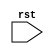
module reset_behavior (
    input wire rst,
    // other input/output signals declaration
);

// sequential construct for reset behavior
always @(posedge rst)
begin
    // behavior to be executed on reset
    // synchronize signals or initialize design state
end

endmodule